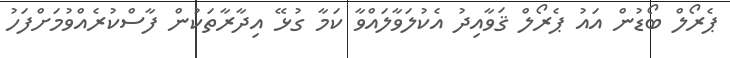
ޕެރޯލް ބޯޑުން އައު ޕެރޯލް ޤަވާއިދު އެކުލަވާލައްވާ ކަމާ ގުޅޭ އިދާރާތަކުން ފާސްކުރެއްވުމަށްފަހު